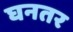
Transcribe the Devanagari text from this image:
घनतर